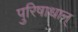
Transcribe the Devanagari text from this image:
पुरिषाधान्